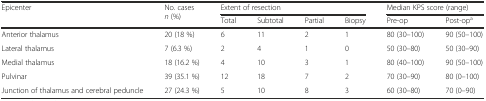
<table><thead><tr><td rowspan="2"><b>Epicenter</b></td><td rowspan="2"><b>No. cases <i>n</i> (%)</b></td><td colspan="4"><b>Extent of resection</b></td><td colspan="2"><b>Median KPS score (range)</b></td></tr><tr><td><b>Total</b></td><td><b>Subtotal</b></td><td><b>Partial</b></td><td><b>Biopsy</b></td><td><b>Pre-op</b></td><td><b>Post-op<sup>a</sup></b></td></tr></thead><tbody><tr><td>Anterior thalamus</td><td>20 (18 %)</td><td>6</td><td>11</td><td>2</td><td>1</td><td>80 (30–100)</td><td>90 (50–100)</td></tr><tr><td>Lateral thalamus</td><td>7 (6.3 %)</td><td>2</td><td>4</td><td>1</td><td>0</td><td>50 (30–80)</td><td>50 (30–90)</td></tr><tr><td>Medial thalamus</td><td>18 (16.2 %)</td><td>4</td><td>10</td><td>3</td><td>1</td><td>80 (40–100)</td><td>90 (50–100)</td></tr><tr><td>Pulvinar</td><td>39 (35.1 %)</td><td>12</td><td>18</td><td>7</td><td>2</td><td>70 (30–90)</td><td>80 (0–100)</td></tr><tr><td>Junction of thalamus and cerebral peduncle</td><td>27 (24.3 %)</td><td>5</td><td>10</td><td>8</td><td>3</td><td>60 (30–80)</td><td>70 (0–90)</td></tr></tbody></table>